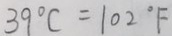
3 9 ^ { \circ } C = 1 0 2 ^ { \circ } F